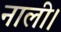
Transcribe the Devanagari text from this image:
नाली।